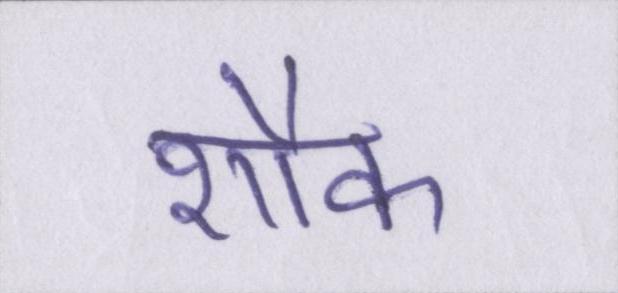
शौक